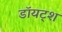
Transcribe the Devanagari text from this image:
डॉयट्श